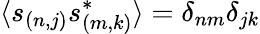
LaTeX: \langle s_{(n,j)}s_{(m,k)}^{\ast}\rangle=\delta_{nm}\delta_{jk}